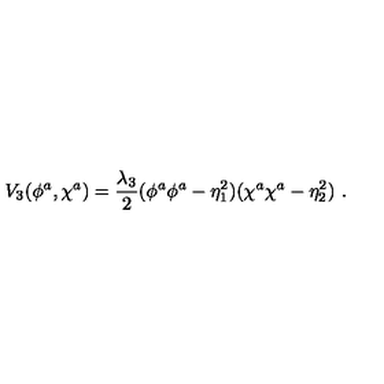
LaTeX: V _ { 3 } ( \phi ^ { a } , \chi ^ { a } ) = \frac { \lambda _ { 3 } } 2 ( \phi ^ { a } \phi ^ { a } - \eta _ { 1 } ^ { 2 } ) ( \chi ^ { a } \chi ^ { a } - \eta _ { 2 } ^ { 2 } ) \ .